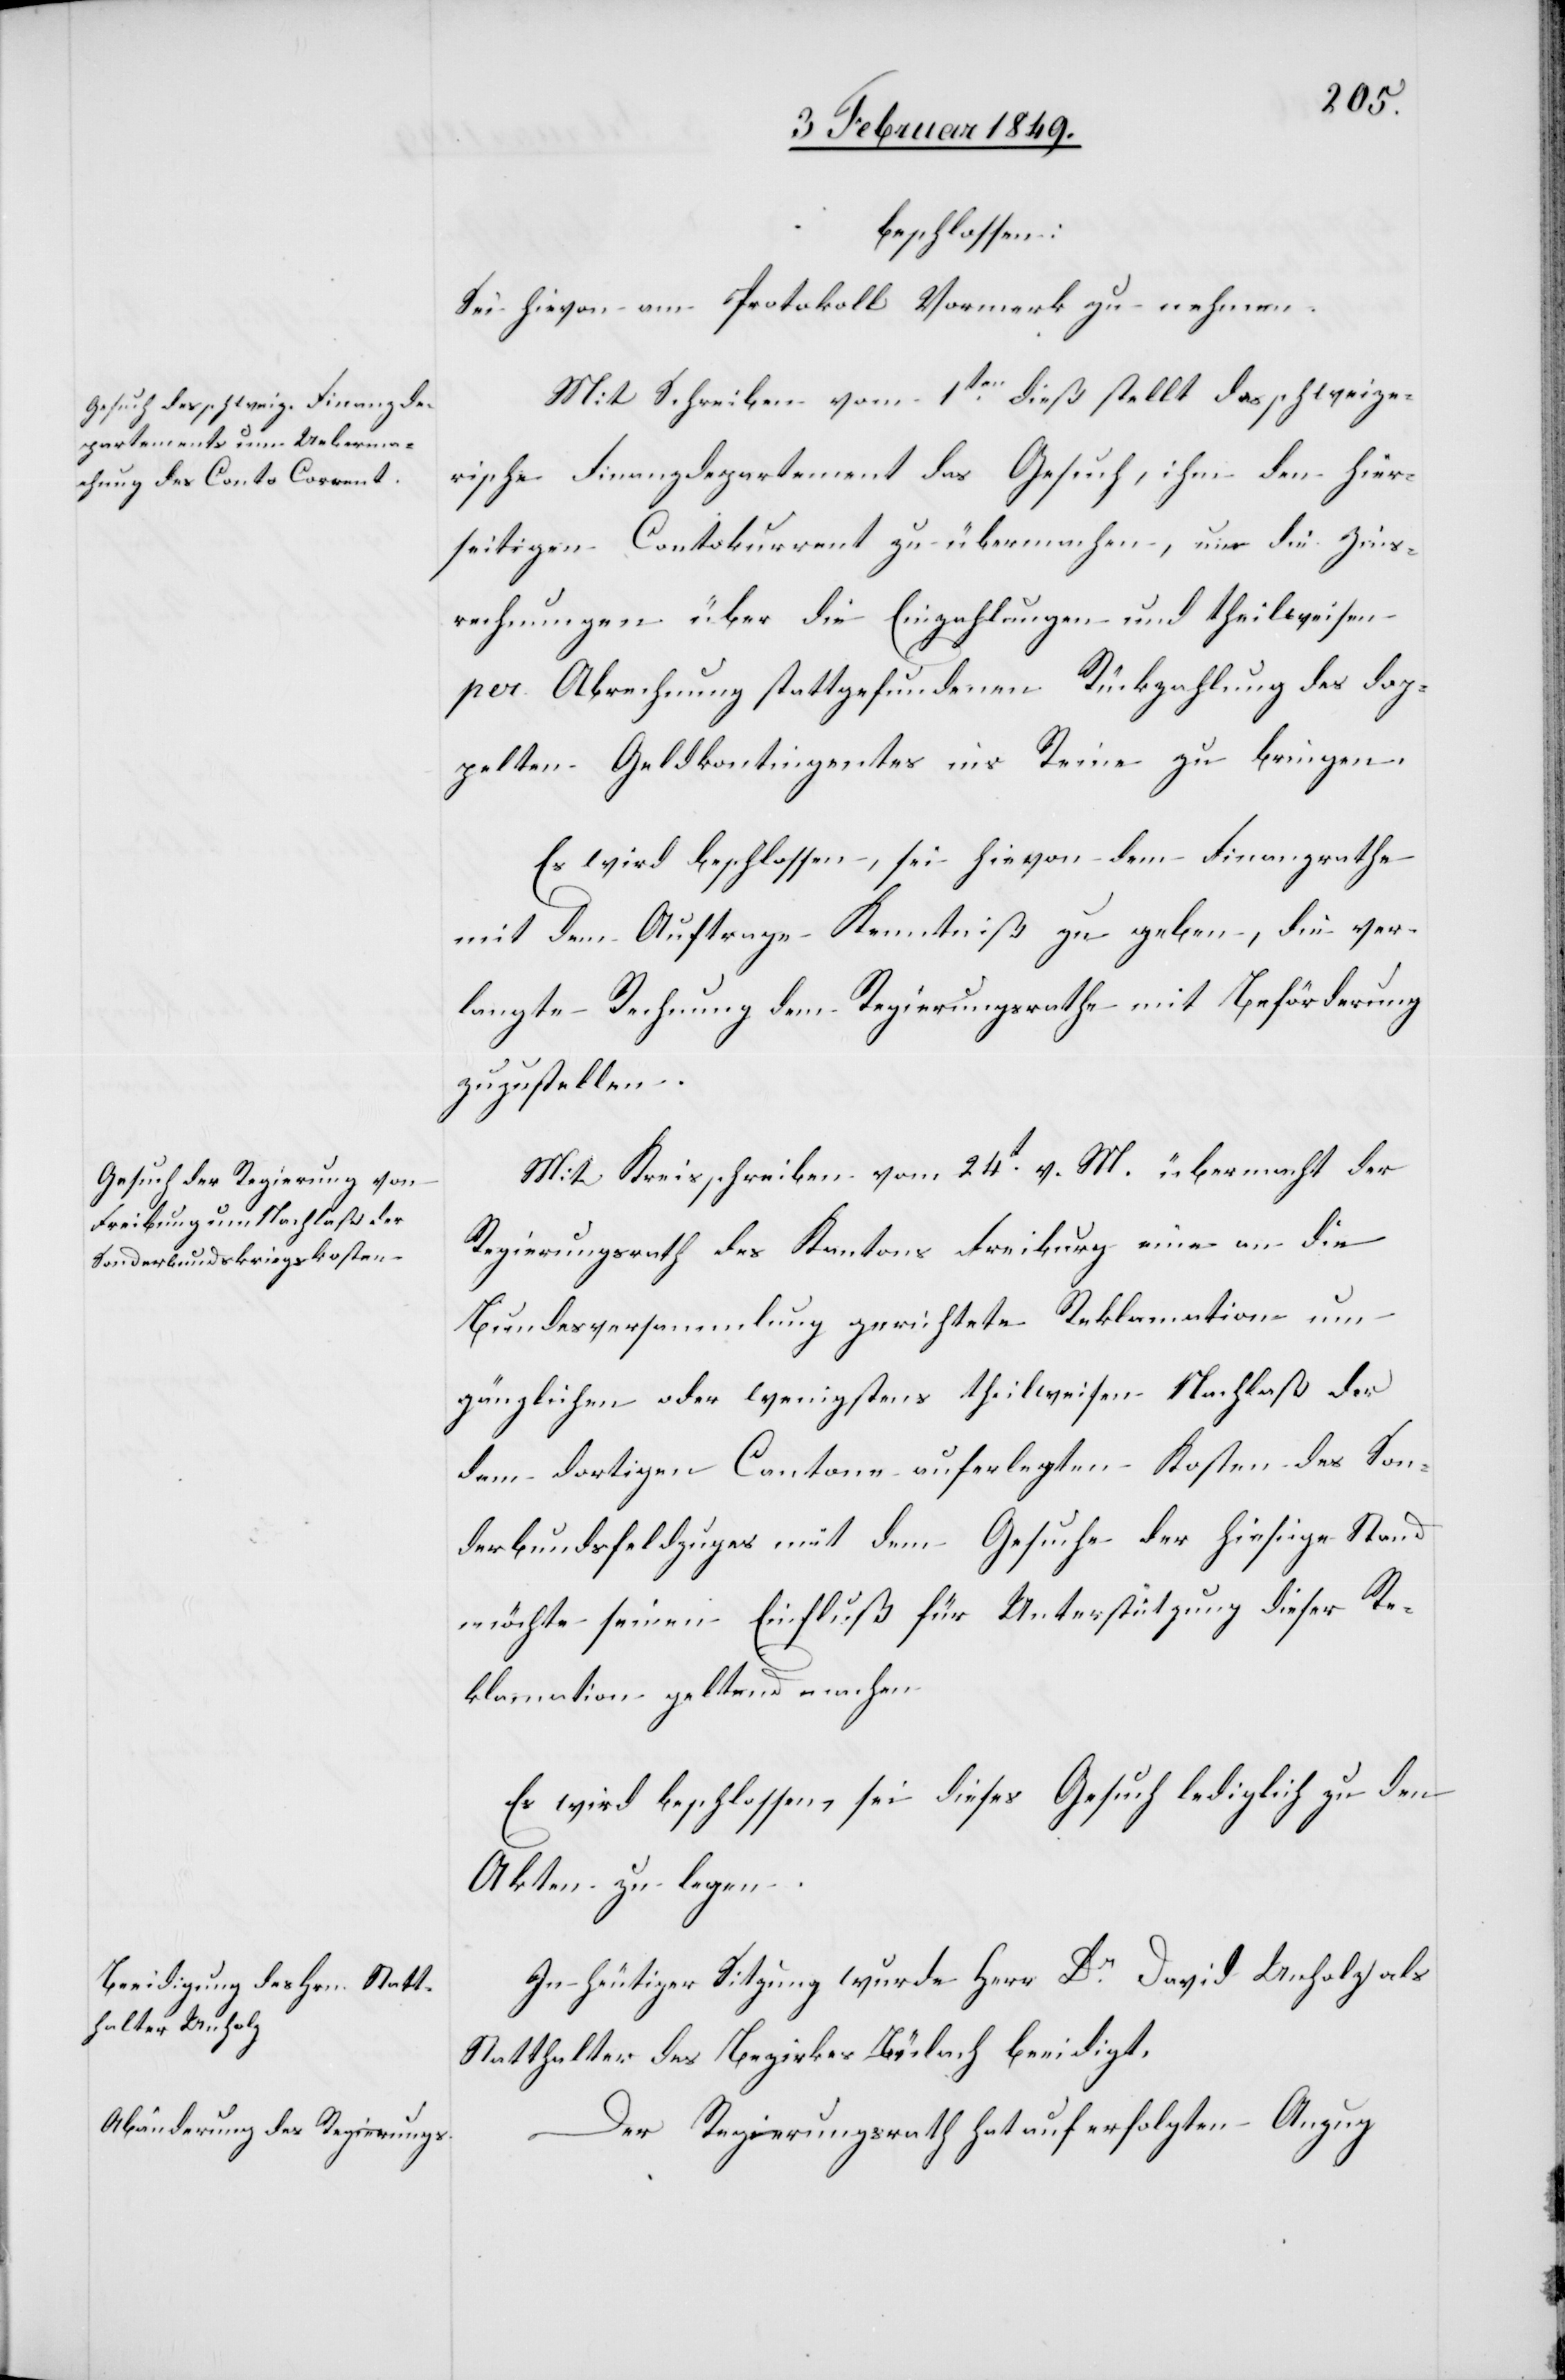
beschlossen:
Sei hievon am Protokoll Vormerk zu nehmen.
Mit Schreiben vom 1ten. dieß stellt das schweize¬
rische Finanzdepartement das Gesuch, ihm den hier¬
seitigen Contokurrent zu übermachen, um die Zins¬
rechnungen über die Einzahlungen und theilweisen
per Abrechnung stattgefundenen Rückzahlung des dop¬
pelten Geldkontingentes ins Reine zu bringen.
Es wird beschlossen, sei hievon dem Finanzrathe
mit dem Auftrage Kenntniß zu geben, die ver¬
langte Rechnung dem Regierungsrathe mit Beförderung
zuzustellen.
Mit Kreisschreiben vom 24t. v. M. übermacht der
Regierungsrath des Kantons Freiburg eine an die
Bundesversammlung gerichtete Reklamation um
gänzlichen oder wenigstens theilweisen Nachlaße der
dem dortigen Cantone auferlegten Kosten des Son¬
derbundsfeldzuges mit dem Gesuche der hiesige Stand
möchte seinen Einfluß für Unterstützung dieser Re¬
klamation geltend machen
Es wird beschlossen, sei dieses Gesuch lediglich zu den
Akten zu legen.
In heutiger Sitzung wurde Herr Dr. David Unholz als
Statthalter des Bezirkes Bülach beeidigt.
Der Regierungsrath hat auf erfolgten Anzug